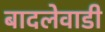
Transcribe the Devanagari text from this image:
बादलेवाडी